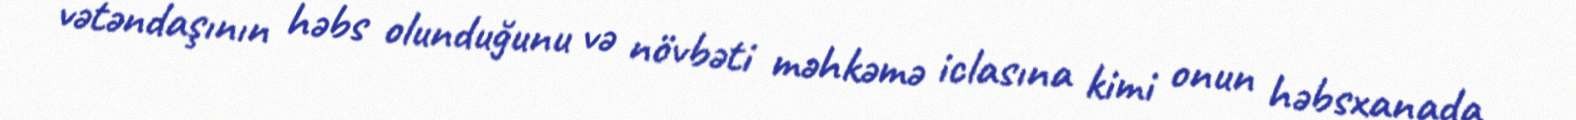
vətəndaşının həbs olunduğunu və növbəti məhkəmə iclasına kimi onun həbsxanada